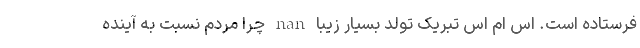
فرستاده است. اس ام اس تبریک تولد بسیار زیبا nan چرا مردم نسبت به آینده